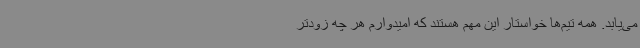
می‌یابد. همه تیم‌ها خواستار این مهم هستند که امیدوارم هر چه زودتر